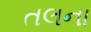
તલના